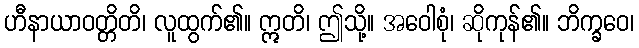
ဟီနာယာဝတ္တိတိ၊ လူထွက်၏။ ဣတိ၊ ဤသို့။ အဝေါစုံ၊ ဆိုကုန်၏။ ဘိက္ခဝေ၊